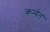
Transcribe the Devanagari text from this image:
कन्येत